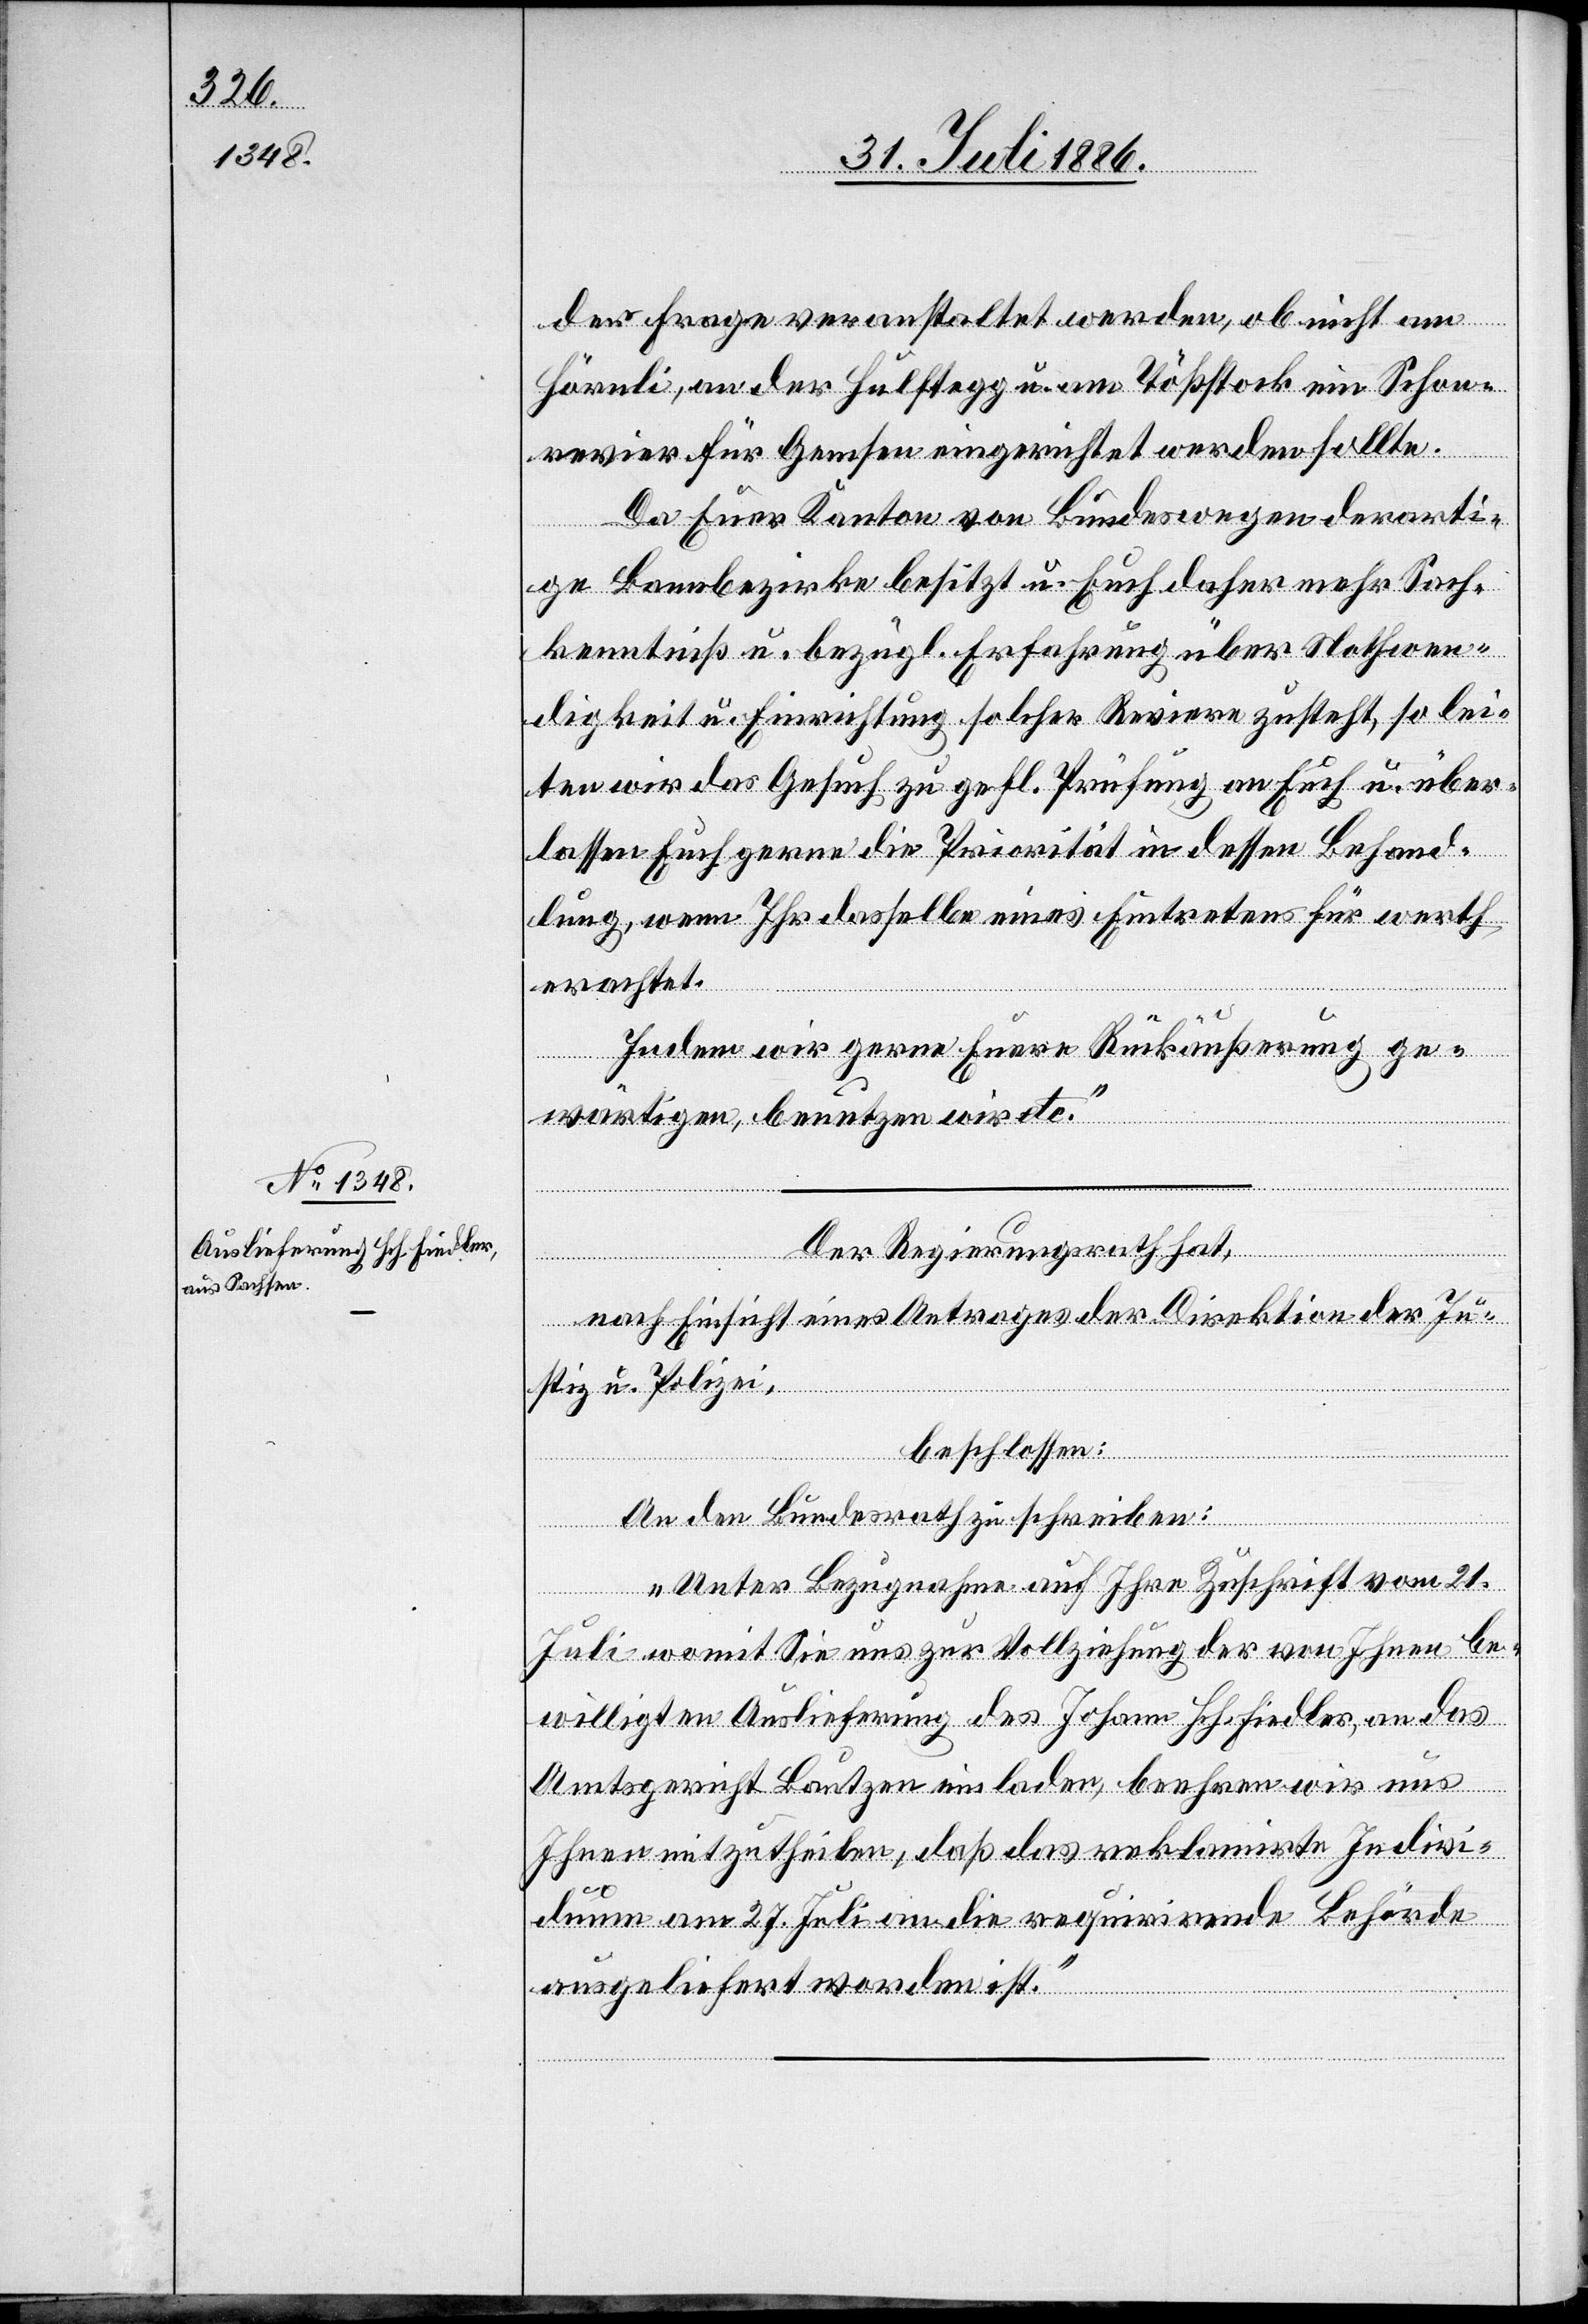
der Frage veranstaltet werden, ob nicht am
Hörnli, an der Hulftegg u. am Tößstock ein Schon¬
revier für Gemsen eingerichtet werden sollte.
Da Euer Kanton von Bundeswegen derarti¬
ge Bannbezirke besitzt u. Euch daher mehr Sach¬
kenntniß u. bezügl. Erfahrung über Nothwen¬
digkeit u. Einrichtung solcher Reviere zusteht, so lei¬
ten wir das Gesuch zu gefl. Prüfung an Euch u. über¬
lassen Euch gerne die Priorität in dessen Behand¬
lung, wenn Ihr dasselbe eines Eintretens für werth
erachtet.
Indem wir gerne Euere Rückäußerung ge¬
wärtigen, benutzen wir etc.“
Der Regierungsrath hat,
nach Einsicht eines Antrages der Direktion der Ju¬
stiz u. Polizei,
beschlossen:
An den Bundesrath zu schreiben:
„Unter Bezugnahme auf Ihre Zuschrift vom 21.
Juli womit Sie uns zur Vollziehung der von Ihnen be¬
willigten Auslieferung des Johann Hch. Fiedler, an das
Amtsgericht Bautzen einladen, beehren wir uns
Ihnen mitzutheilen, daß das reklamirte Indivi¬
duum am 27. Juli an die requirirende Behörde
ausgeliefert worden ist.“